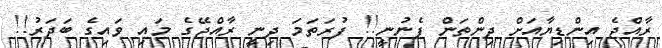
ރާއްޖެ އިންޑިޔާއަށް ދިންތަން ފެނުނީ!! ފުރަތަމަ ދިނީ ރާއްޖޭގެ މައި ވައިގެ ބަދަރު!!